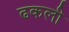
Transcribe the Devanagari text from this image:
ढकली